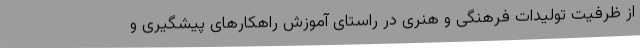
از ظرفیت تولیدات فرهنگی و هنری در راستای آموزش راهکارهای پیشگیری و